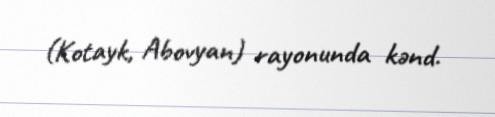
(Kotayk, Abovyan) rayonunda kənd.